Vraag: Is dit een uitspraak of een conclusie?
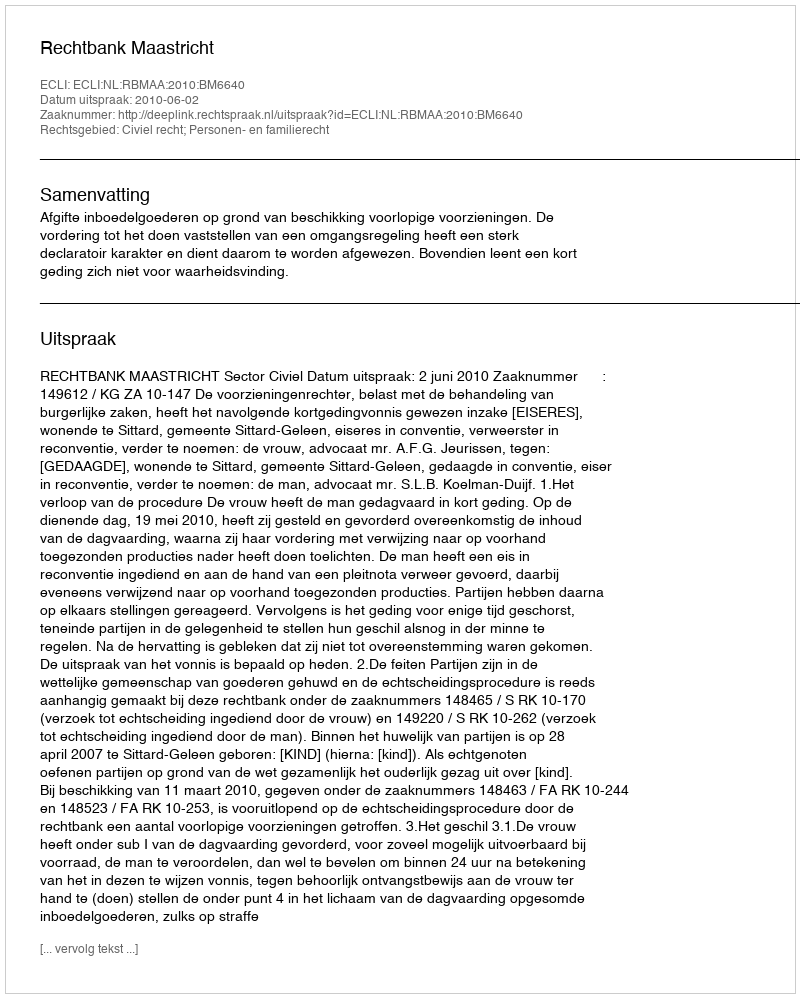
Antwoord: Uitspraak